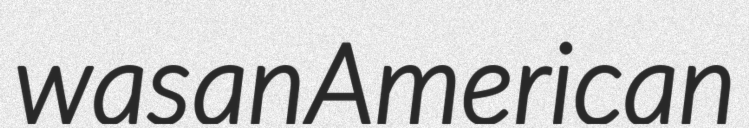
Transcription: was an American